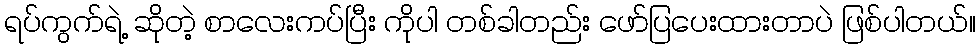
ရပ်ကွက်ရဲ့ ဆိုတဲ့ စာလေးကပ်ပြီး ကိုပါ တစ်ခါတည်း ဖော်ပြပေးထားတာပဲ ဖြစ်ပါတယ်။